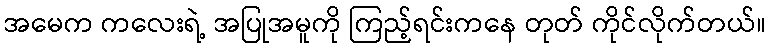
အမေက ကလေးရဲ့ အပြုအမူကို ကြည့်ရင်းကနေ တုတ် ကိုင်လိုက်တယ်။